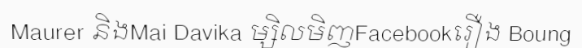
Maurer និងMai Davika ម្សិលមិញFacebookរឿង Boung